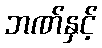
ဘဏ်နှင့်